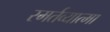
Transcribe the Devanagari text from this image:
स्मर्तव्यात्मा